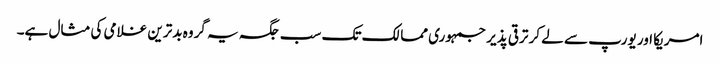
امریکا اور یورپ سے لے کر ترقی پذیر جمہوری ممالک تک سب جگہ یہ گروہ بدترین غلامی کی مثال ہے۔